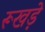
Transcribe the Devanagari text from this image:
रूखड़े